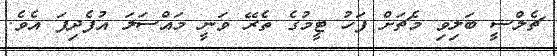
ޗެލްސީ ބަލިވި މެޗަށް ފަހު ޓީމުގެ ތެރޭ ވަނީ މައްސަލަ އުފެދިފަ އެވެ.